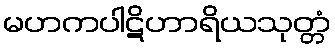
မဟကပါဋိဟာရိယသုတ္တံ